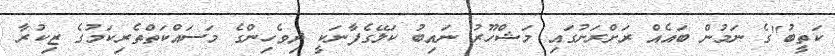
ކަތީބު"ގެ ނަމުން ބައެއް ރަށްރަށުގައި މަޝްހޫރު ނައިބު ކަލޭގެފާނަކީ ދިވެހިންގެ މަސައްކަތްތެރިކަމުގެ ޒިކުރާ